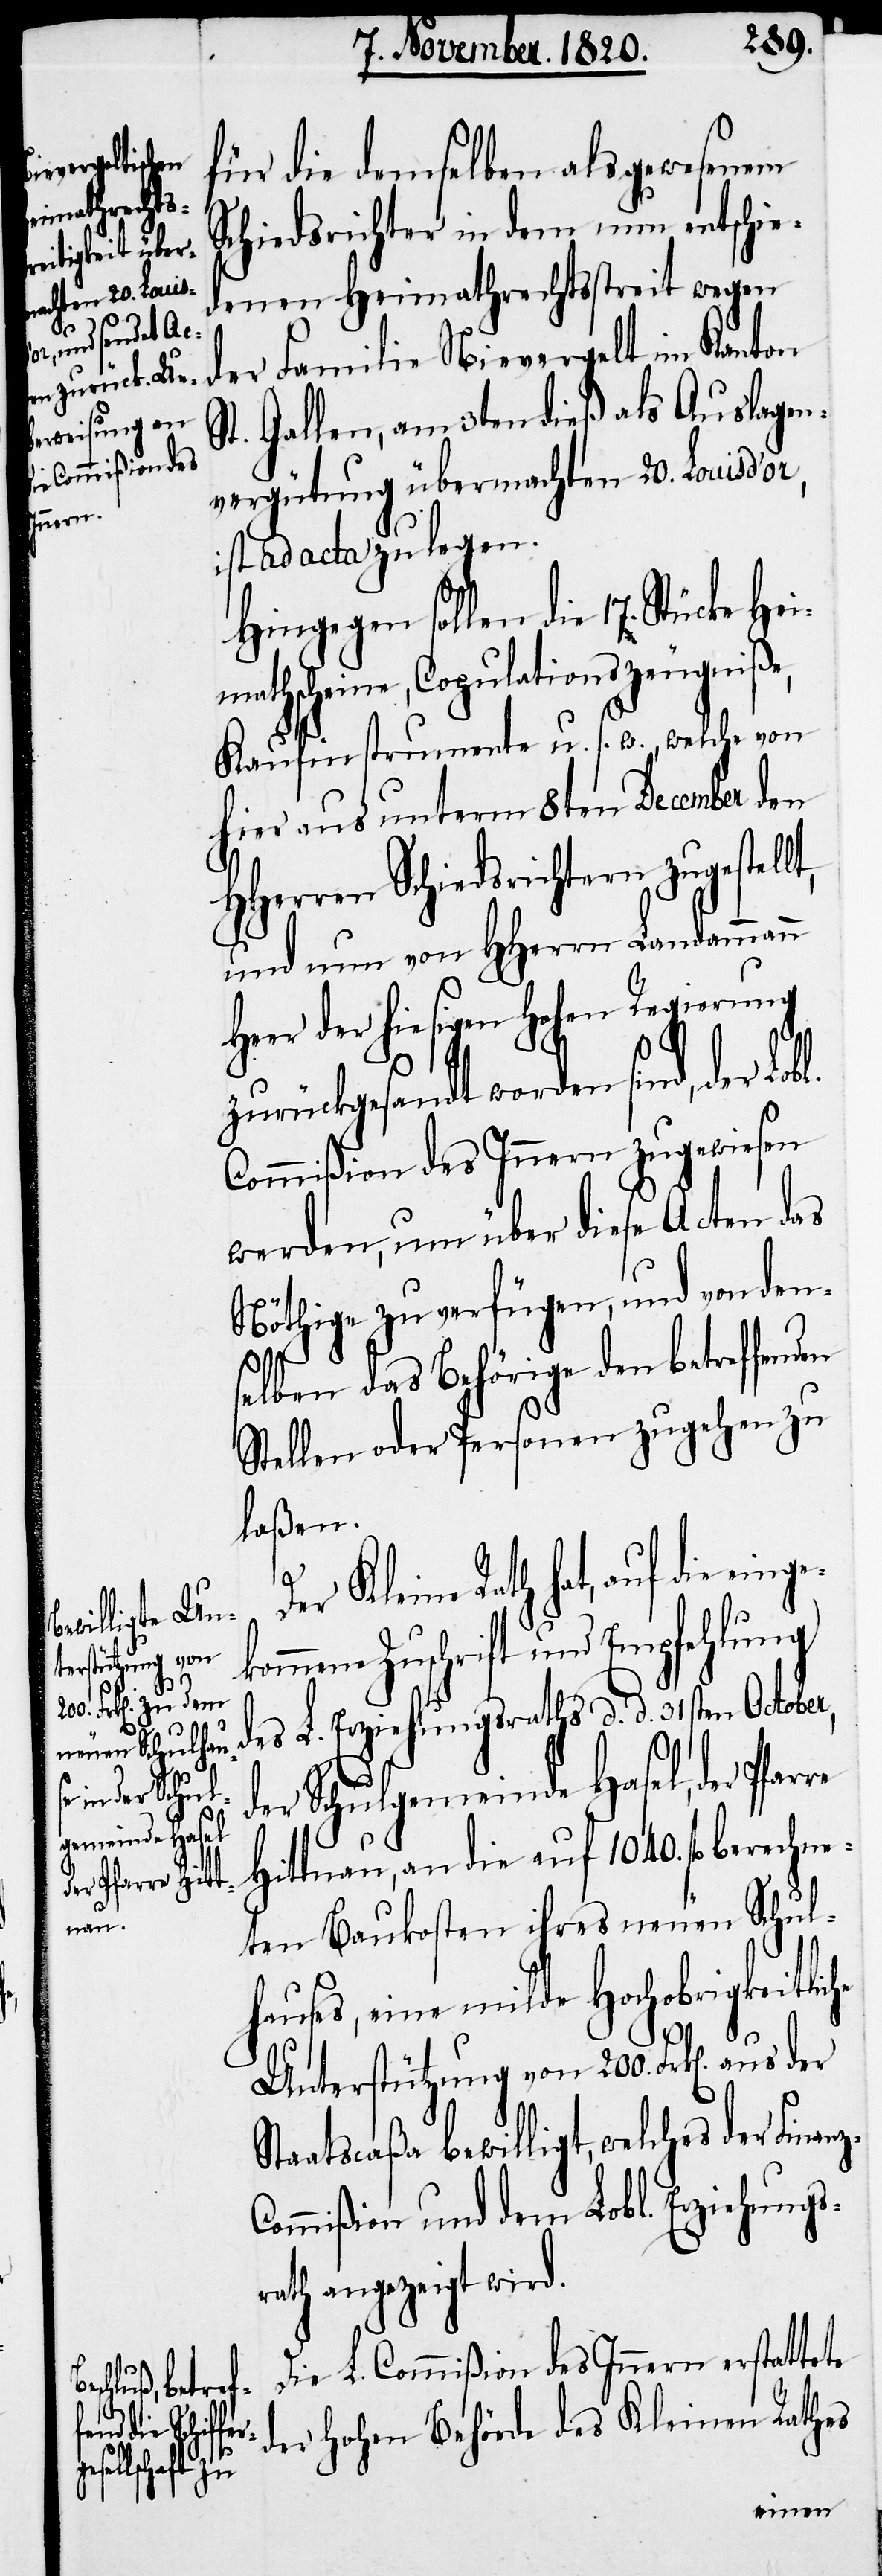
l.
aus der St¬
terstützung von
anz-C¬
uf die einge¬

200.
für die demselben als gewesenen
Schiedsrichter in dem nun entschie¬
dene Heimathrechtsstreit wegen
der Familie Nievergelt im Kantons
t. Gallen, am 3ten dieß als Auslagen¬
vergütung übermachten 20. Louis d’o¬
ist ad acta zu legen.
Hingegen sollen die 17. Stücke He¬
imathscheine, Copulationszeugniße,
Kaufinstrumente u. s. w., welche von
hier aus unterm 8ten December den
Herren Schiedsrichtern zugestel¬
und nun von HHerrn Landammann
Heer der hiesigen hohen Regierung
H¬
zurückgesandt worden sind, der Lob¬
Commißion des Innern zugewiesen
werden, um über diese Acten das
Nöthige zu verfügen, und von dens¬
D¬
elben das Behörige den betreffend¬
Stellen oder Personen zugehen zu
laßen.
er Kleine Rath hat, a¬
kommene Zuschrift und Empfehlung
des L. Erziehungsraths d. d. 31sten October,
der Schulgemeinde Hasel, der Pfarre
Hittnau, an die auf 1040. fl berechne¬
ten Baukosten ihres neuen Schul¬
hauses, eine milde Hochobrigkeitliche
aatscaßa bewilligt, welches der Fin¬
ommißion und dem Lobl. Erziehungs¬
rath angezeigt wird.
Die L. Commißion des Innern erstattete
der hohen Behörde des Kleinen Rathes